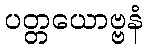
ပတ္တယောဗ္ဗနံ